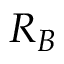
R _ { B }